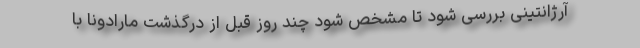
آرژانتینی بررسی شود تا مشخص شود چند روز قبل از درگذشت مارادونا با